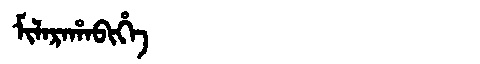
Manchu: ᠮᡳᠯᠠᡵᠠᡥᠠᠪᡳᡥᡝ
Romanization: MILARAHABIHE